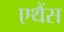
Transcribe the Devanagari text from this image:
एथैंस